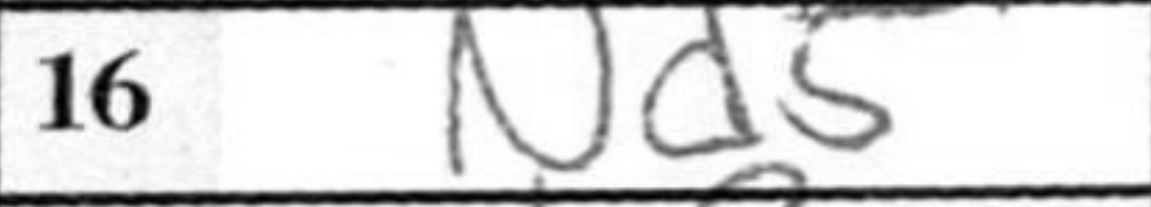
Transcription: Nd5